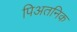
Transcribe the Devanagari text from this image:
पिअतनिक